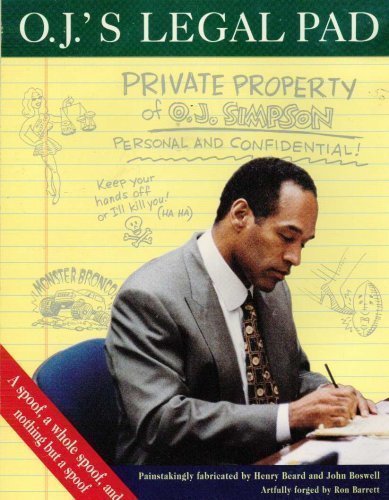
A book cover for O.J.'s Legal Pad:: What Is Really Going On in O.J. Simpson's Mind?; Henry Beard; Humor & Entertainment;